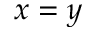
x = y